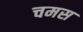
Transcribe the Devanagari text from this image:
चमस